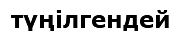
түңілгендей